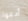
أدعوا